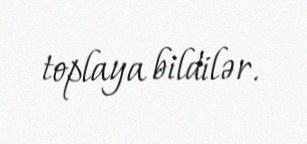
toplaya bildilər.